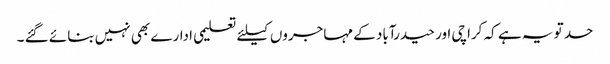
حد تو یہ ہے کہ کراچی اور حیدرآباد کے مہاجروں کیلئے تعلیمی ادارے بھی نہیں بنائے گئے ۔